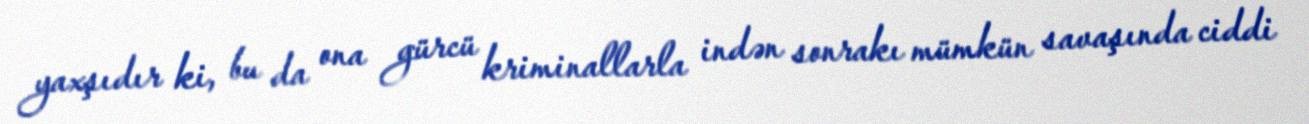
yaxşıdır ki, bu da ona gürcü kriminallarla indən sonrakı mümkün savaşında ciddi